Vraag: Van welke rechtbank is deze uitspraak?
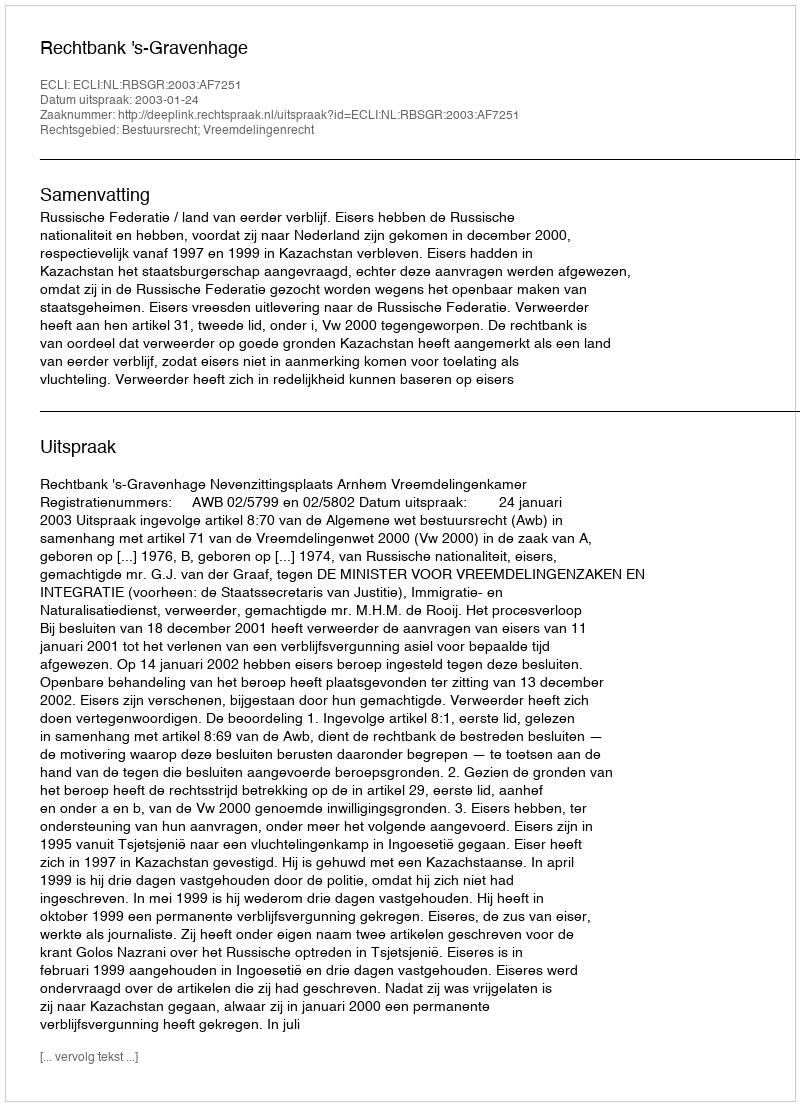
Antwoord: Rechtbank 's-Gravenhage